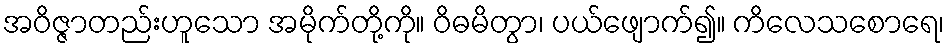
အဝိဇ္ဇာတည်းဟူသော အမိုက်တို့ကို။ ဝိဓမိတွာ၊ ပယ်ဖျောက်၍။ ကိလေသစောရေ၊